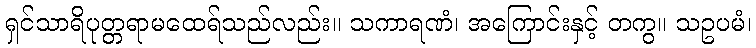
ရှင်သာရိပုတ္တရာမထေရ်သည်လည်း။ သကာရဏံ၊ အကြောင်းနှင့် တကွ။ သဥပမံ၊